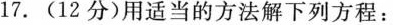
17.(12分)用适当的方法解下列方程：